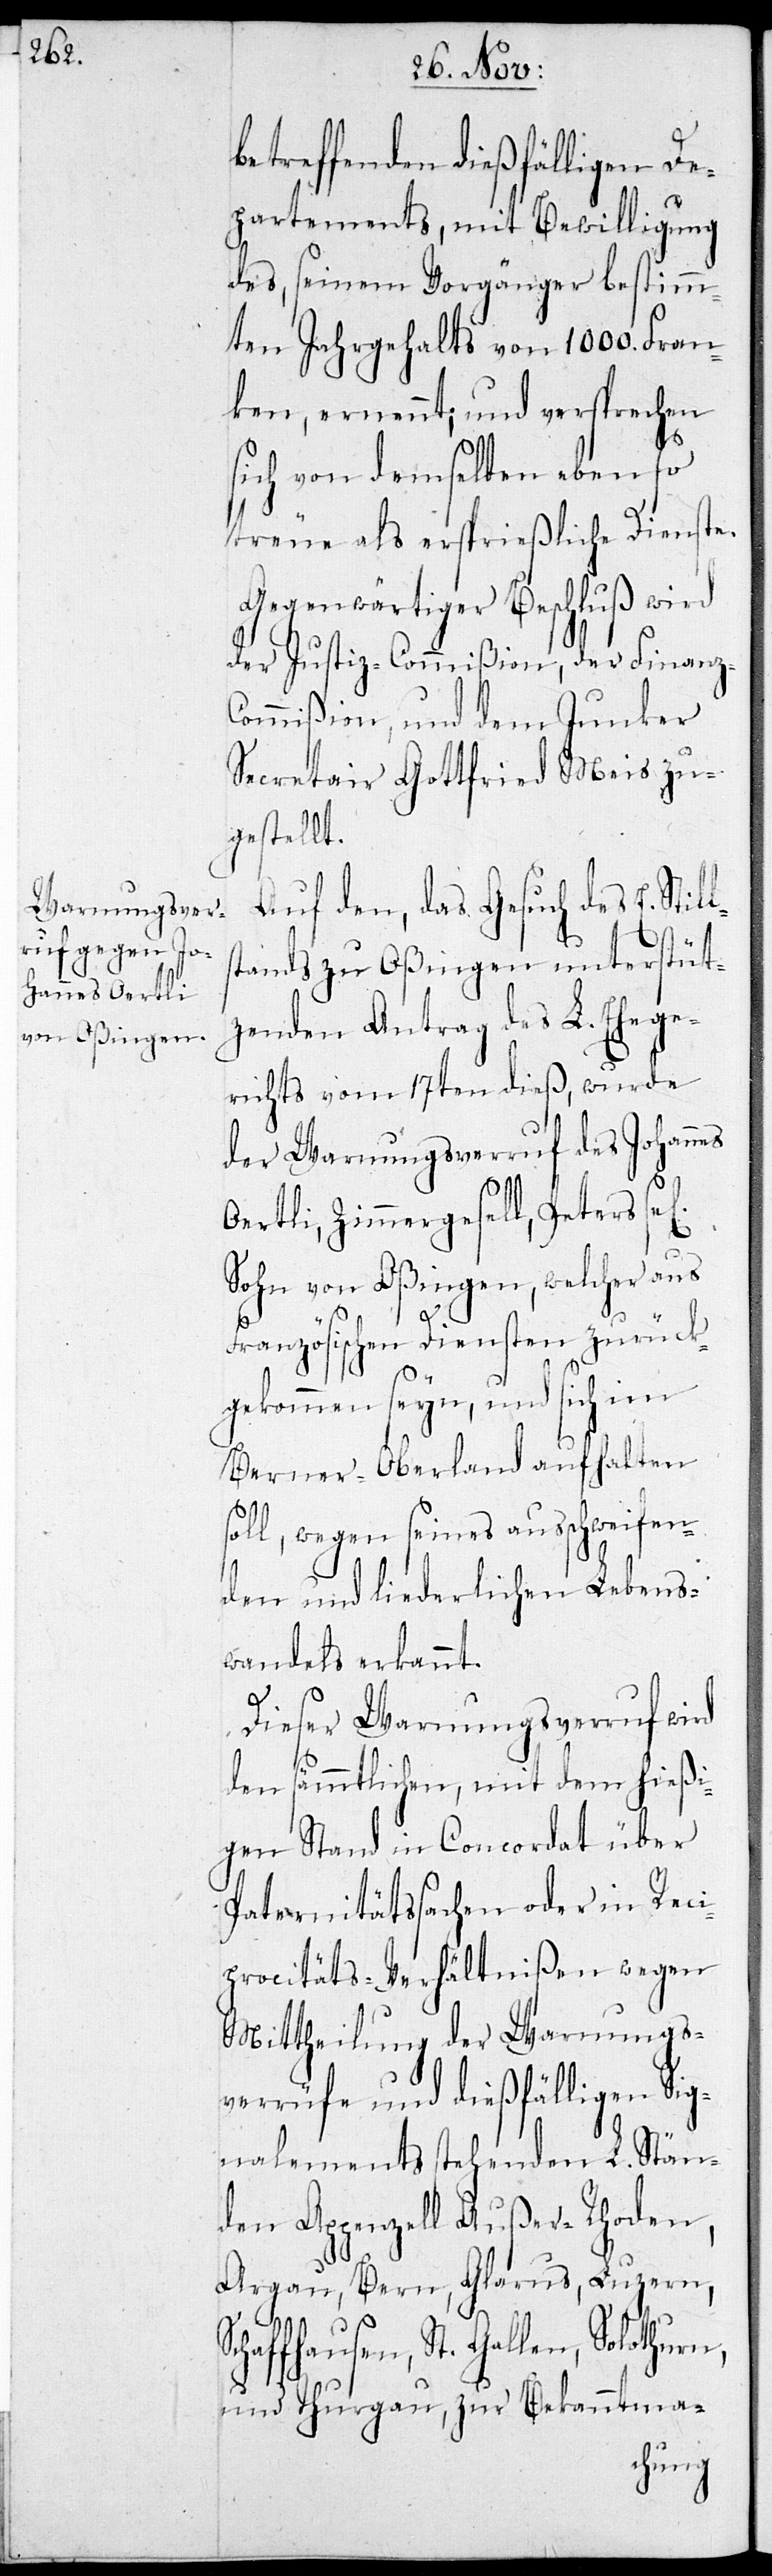
S¬

betreffenden dießfälligen De¬
partements, mit Bewilligung
des, seinem Vorgänger bestimm¬
ten Jahrgehalts von 1000. Fran¬
ken, ernennt; und versprochen
sich von demselben ebenso
treue als ersprießliche Dienste.
Gegenwärtiger Beschluß wird
der Justiz-Commißion, der Finanz-C¬
ommißion, und dem Junker
Secretair Gottfried Meis zu¬
gestellt.
Auf den, das Gesuch des E. Stil¬
tandes zu Oßingen unterstüt¬
zenden Antrag des L. Ehege¬
richts vom 17ten dieß, wurde
der Warnungsverruf des Johannes
Oertli, Zimmergesell, Peters
Sohn von Oßingen, welcher aus
Französischen Diensten zurück¬
gekommen seyn, und sich im
Berner-Oberland aufhalten s¬
oll, wegen seines ausschweifen¬
den und liederlichen Lebens¬
wandels erkannt.
Dieser Warnungsverruf wird
den sämmtlichen, mit dem hießi¬
gen Stand in Concordat über
Paternitätssachen oder in Reci¬
procitäts-Verhältnißen wegen
Mittheilung der Warnungs¬
verrüfe und dießfälligen Sig¬
nalements stehenden L. Stän¬
den Appenzell Außer-Rhoden,
Aargau, Bern, Glarus, Luzern,
chaffhausen, St. Gallen, Solothurn
und Thurgau, zur Bekanntma-